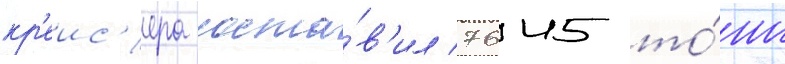
кр'еис'ера соста́в'ил 7645 то́нн